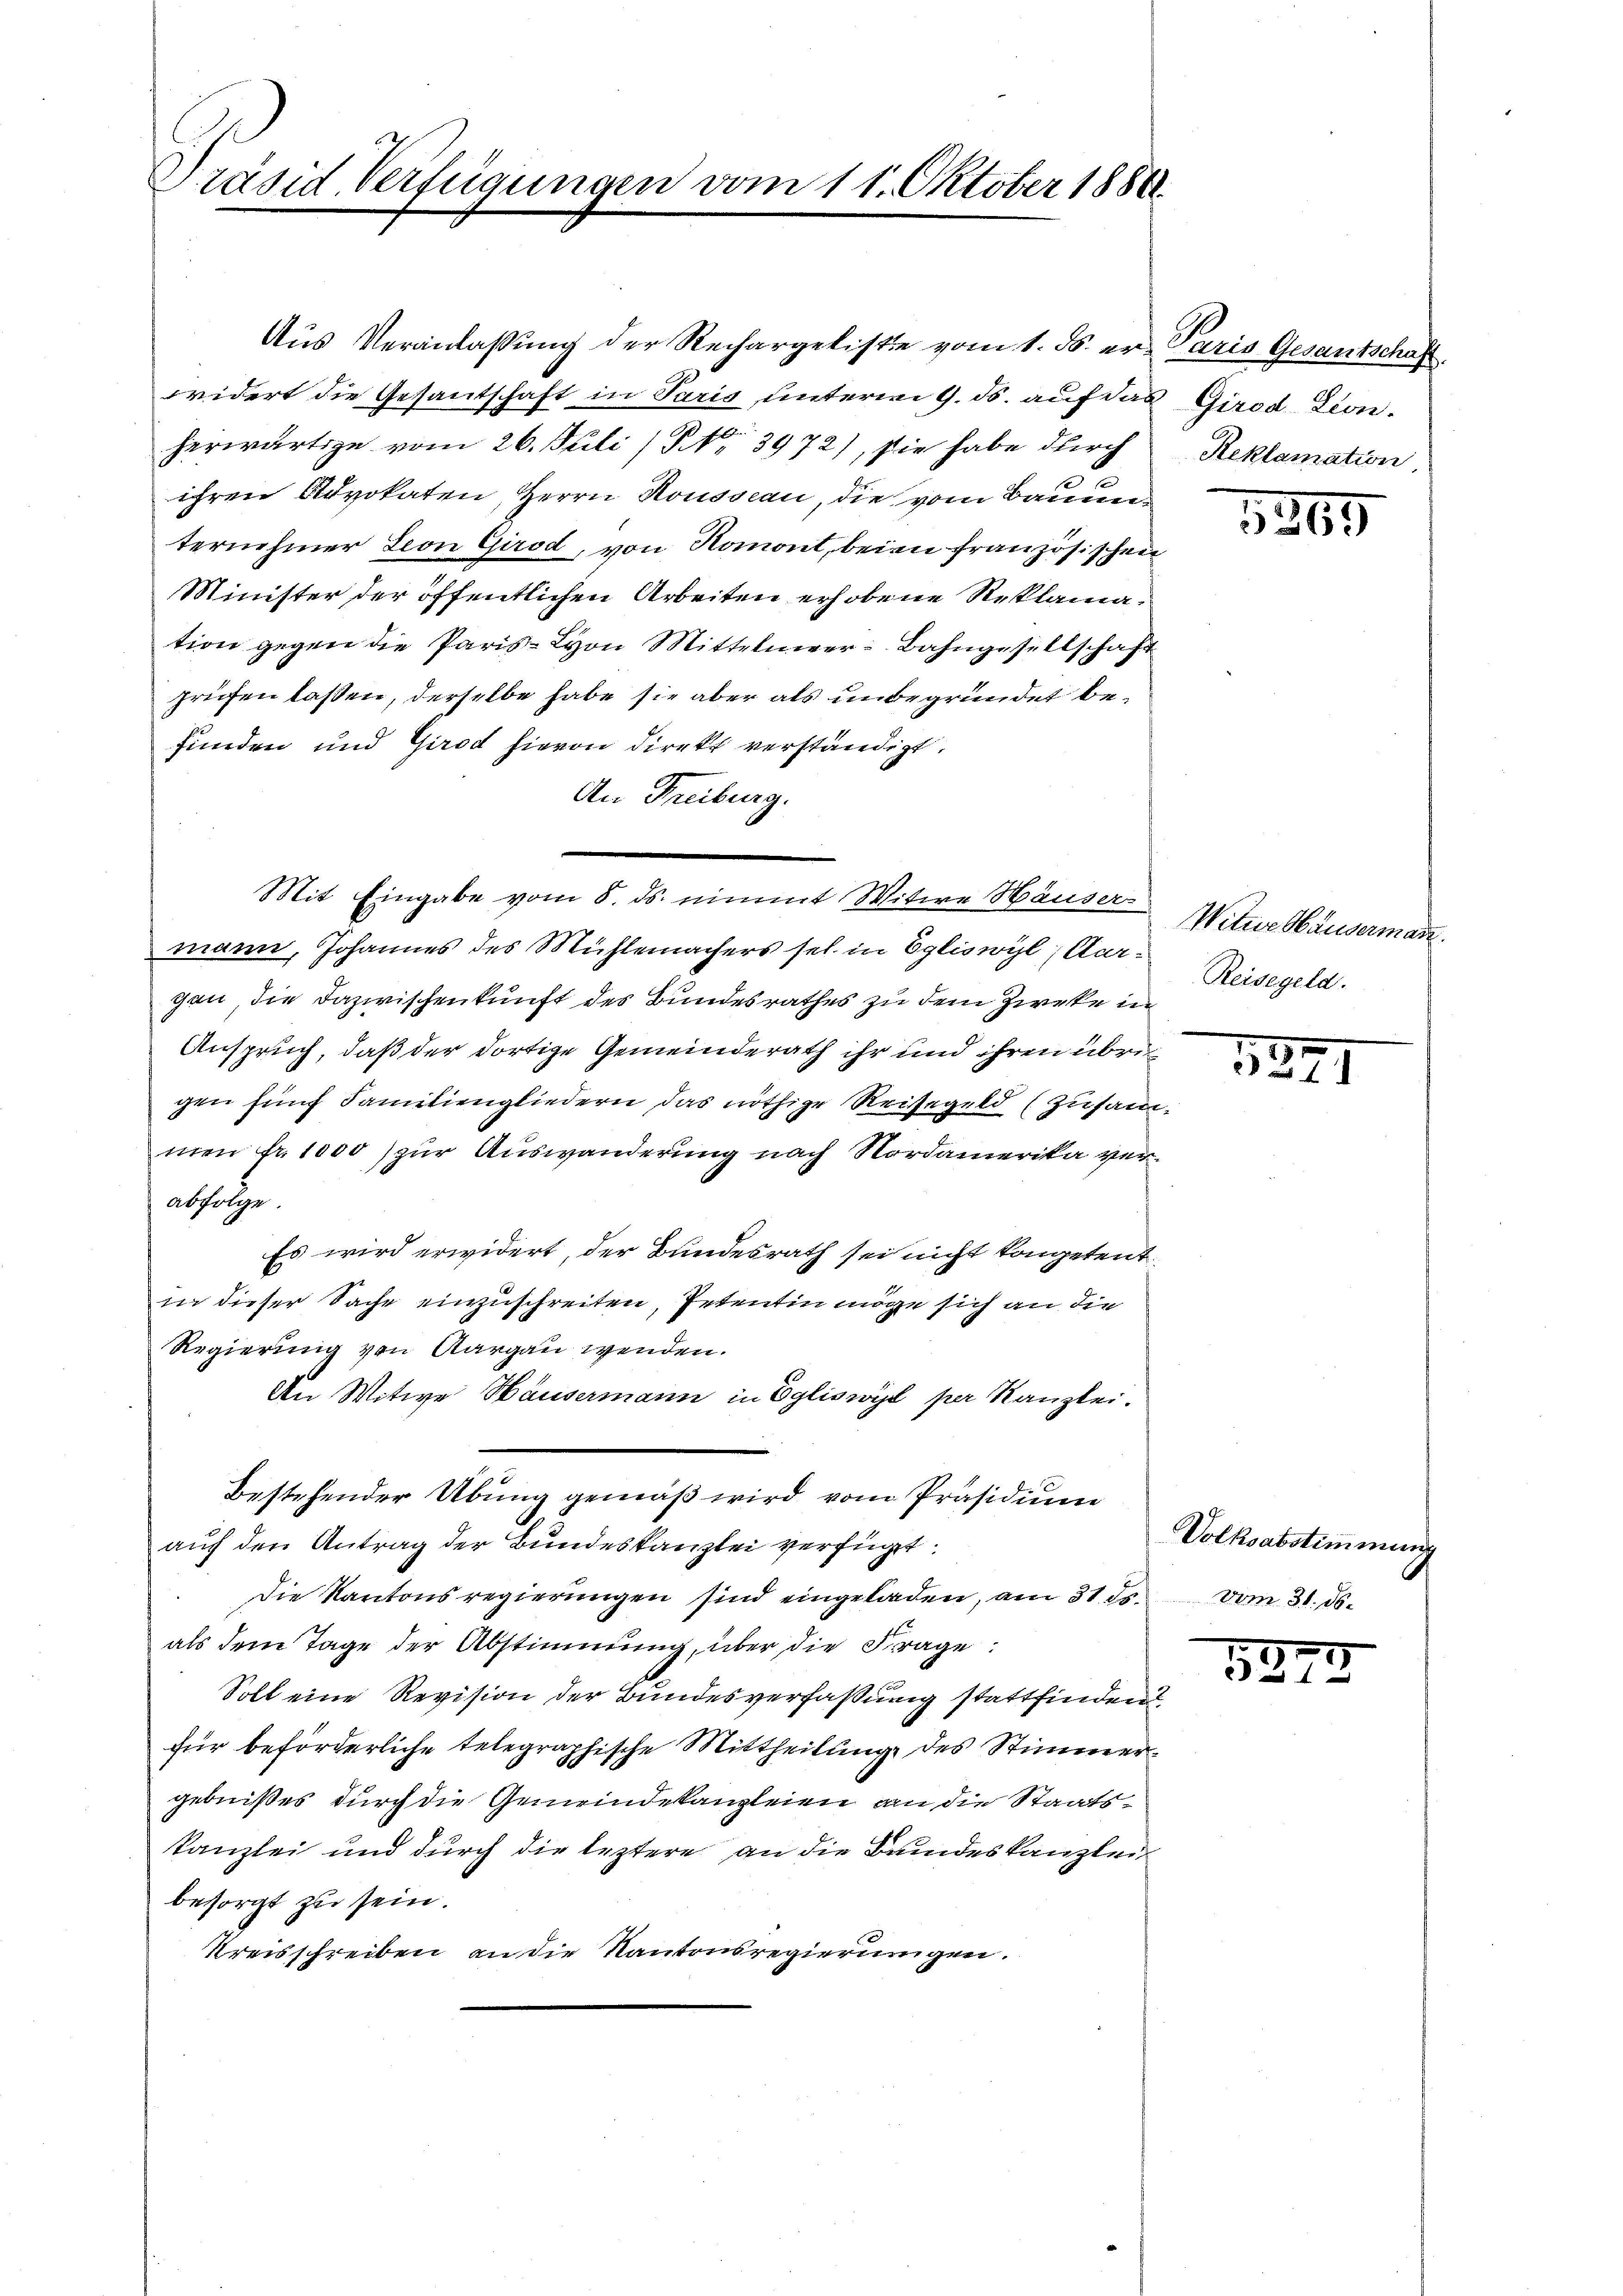
Präsid. Verfügungen vom 11. Oktober 1880

Aus Veranlassung der Rechargeliste vom 1. ds. er

widert die Gesantschaft in Paris unterm 9. ds. auf das
herwärtige vom 26. Juli (§ No 3972), sie habe durch
ihren Advokaten, Herrn Housseau, die vom Bauenternehmer Leon Girod, von Romont, beien Französischei
Minister der öffentlichen Arbeiten erhobene Reklamation gegen die Paris - Lyon Mittelnger Bahngesellschaft
prüfen lassen, derselbe habe sie aber als unbegründet befunden und Girod hievon direkt verständigt.
An Freiburg.
Mit Eingabe vom 8. ds. nimmt Witwe Häuser-
mann, Johannes des Mühlemachers sel. in Egliswyl, Aargen, die Dazwischenkunft des Bundesrathes zu dem Zweke in
Anspruch, daß der dortige Gemeinderath ihr und ihren übrigen fünf Familiengliedern, das nöthige Reisegeld (zusan
mien fr. 1000) zur Auswanderung nach Nordamerika verabfolge.
Es wird erwidert, der Bundesrath sei nicht kompetent
in dieser Sache einzuschreiten, Petentin möge sich an die
Regierung von Aargau wenden.
An Witwe Häusermann in Egliswyl per Kanzlei.
bestehender Übung gemäß wird vom Präsidium
auch den Antrag der Bundeskanzlei verfügt:
Die Kantonsregierungen sind eingeladen, am 31. ds.
als dem Tage der Abstimmung, über die Frage:
Soll eine Revision der Bundesverfaßung stattfinden
für beförderliche telegraphische Mittheilung des Stimmer
gebnißes durch die Gemeindekanzleien an die Staatskanzlei und durch die leztere an die Bundeskanzlei
besorgt zu sein.
Kreisschreiben an die Kantonsregierungen.

Paris Gesantschaft.
3 Girod Lion.
Reklamation

e

2
f

5569

Witwe Häusermann.
Reisegeld.

t

1271

Volksabstimmung
vom 31. ds.

5273